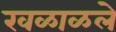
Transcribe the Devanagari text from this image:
खळाळले